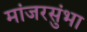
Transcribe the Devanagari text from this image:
मांजरसुंभा